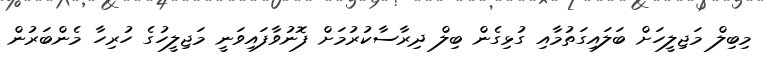
މިބިލް މަޖިލީހަށް ބަލައިގަތުމާއި ގުޅިގެން ބިލް ދިރާސާކުރުމަށް ފޮނުވާފައިވަނީ މަޖިލީހުގެ ހުރިހާ މެންބަރުން